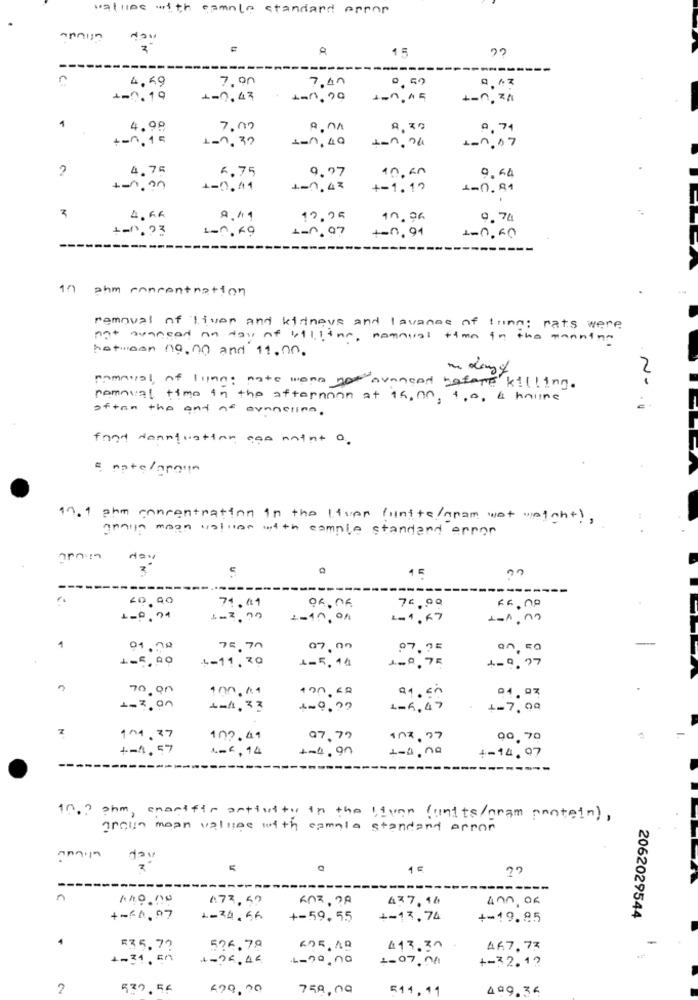
wallies with camole standard error
annun
15
-------
---
4,69
7.00
7,40
0,59
+-0. 19
L-0,43
1 -1. 15
+-0, 2%
4
4.98
7.00
A.NA
9.74
+-0,15
1-1,30
1-0,40
+-1.24
1-1.07
4.76
6.75
9.97
10.00
0,64
1-0.41
1-0,47
+-1.19
4,6G
9.111
10.05
0.78
+-0.23
1-1.69
L-0, 97
+=0, 91
1-0,60
---
10 ahm concentration
removal of liver and kidneys and lavanas of tuinn; rats were
not suaneed an day of 611: ine, namnical time in the mannina
hatwoon no, no and 11.00.
Nº
pomatal, of llina; nate wenn you avaneed before" kill ing.
removal time in the afternoon at 15, 00, 1,0, & haline
often the and ar avanelina.
fond dannquation con mint a.
1.1 phe concentration in the Itupp (unite/gram wat weight),
grain mean values with comple standard error
day
15
-----
<0,00
71.41
76.00
1-0,74
1-10, on
1-1,67
1
01.70
75.70
07.00
07.72
an, 50
.
1-5,00
+-11.79
1-5,99
1-0,75
4-0, 77
70.00
100,00
04.03
1-3, on
4-4,33
1-6,47
Z
101.37
102.41
07,79
102. 97
00,70
+-1, 57
1-6,14
1-4,90
1-0,no
1-14. 97
---
10.2 phm, enonifir activity in the liven (units/gram protein) ,
grain mean valige with camela standard error
dav
1ª
---
C
173,50
ROZ, 28
437.16
400,00
4-64,97
1-24.56
+-59,55
+-13.74
+-19.85
2062029544
4
=35.7?
526.79
413.30
467.77
+-31, En
1-94,46
1-79,00
1-07,00
+-32.1?
2
539.56
479,00
750,00
511.11
499,36